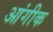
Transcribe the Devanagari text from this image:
आंगीक